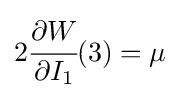
2{\cfrac {\partial W}{\partial I_{1}}}(3)=\mu